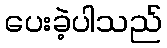
ပေးခဲ့ပါသည်